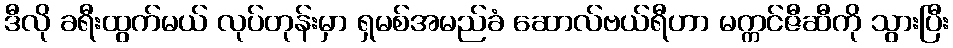
ဒီလို ခရီးထွက်မယ် လုပ်တုန်းမှာ ရှမစ်အမည်ခံ ဆောလ်ဗယ်ရီဟာ မက္ကင်ဇီဆီကို သွားပြီး